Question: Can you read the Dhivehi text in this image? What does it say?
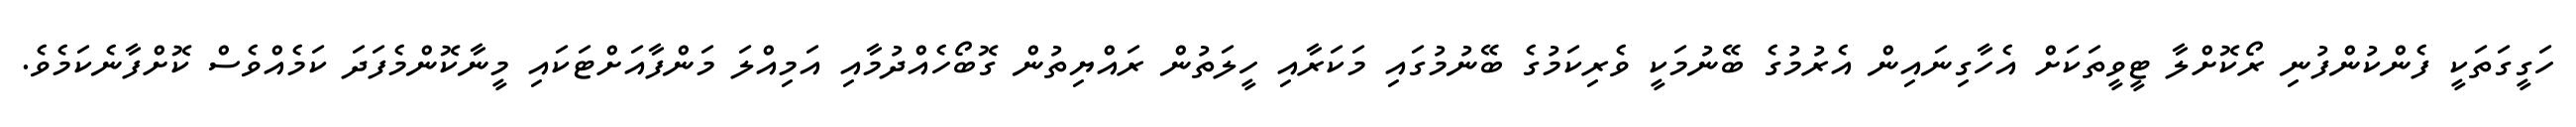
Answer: ހަގީގަތަކީ ފެންކުންފުނި ރޯކޮށްލާ ޓީވީތަކަށް އެހާގިނައިން އެރުމުގެ ބޭނުމަކީ ވެރިކަމުގެ ބޭނުމުގައި މަކަރާއި ހީލަތުން ރައްޔިތުން ގޮބޯހެއްދުމާއި އަމިއްލަ މަންފާއަށްޓަކައި މީނާކޮންމެފަދަ ކަމެއްވެސް ކޮށްފާނެކަމެވެ.